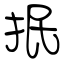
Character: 抿